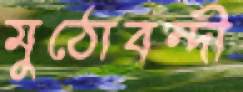
মুঠোবন্দী